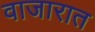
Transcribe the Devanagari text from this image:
वाजारात